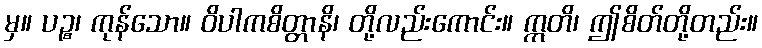
မှ။ ပဉ္စ၊ ကုန်သော။ ဝိပါကစိတ္တာနိ၊ တို့လည်းကောင်း။ ဣတိ၊ ဤစိတ်တို့တည်း။